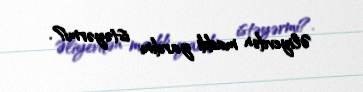
Əliyevdən maddi yardım istəyərmi?.